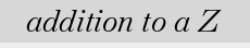
addition to a Z